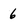
Character: 6